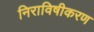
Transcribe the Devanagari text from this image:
निराविषीकरण